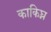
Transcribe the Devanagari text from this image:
काकिघ्न